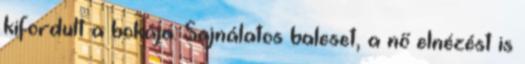
kifordult a bokája. Sajnálatos baleset, a nő elnézést is